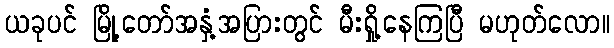
ယခုပင် မြို့တော်အနှံ့အပြားတွင် မီးရှို့နေကြပြီ မဟုတ်လော။